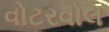
વોટરવોલ